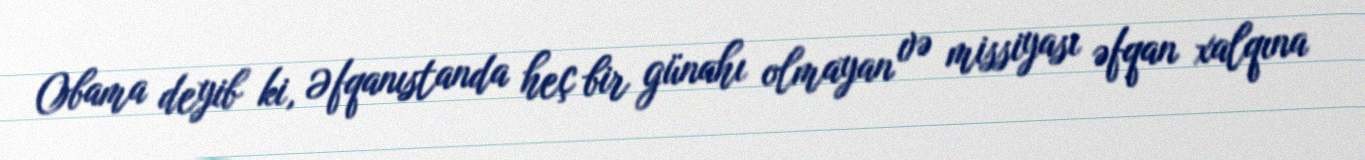
Obama deyib ki, Əfqanıstanda heç bir günahı olmayan və missiyası əfqan xalqına